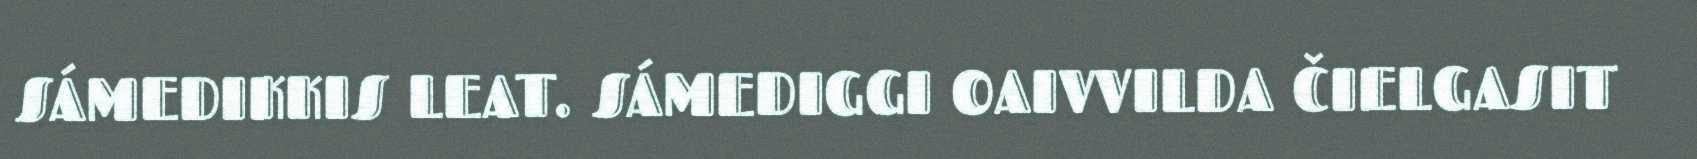
SÁMEDIKKIS LEAT. SÁMEDIGGI OAIVVILDA ČIELGASIT